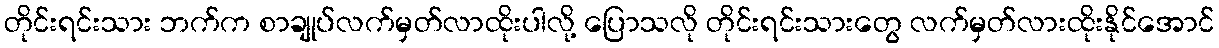
တိုင်းရင်းသား ဘက်က စာချုပ်လက်မှတ်လာထိုးပါလို့ ပြောသလို တိုင်းရင်းသားတွေ လက်မှတ်လားထိုးနိုင်အောင်